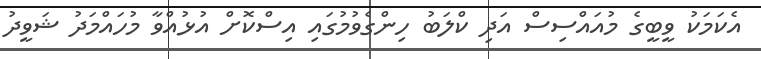
އެކަމަކު ވީބީގެ މުއައްސިސް އަދި ކްލަބު ހިންގެވުމުގައި އިސްކޮށް އުޅުއްވާ މުހައްމަދު ޝަވީދު